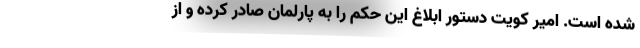
شده است. امیر کویت دستور ابلاغ این حکم را به پارلمان صادر کرده و از